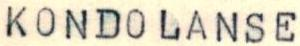
KONDOLANSE